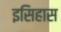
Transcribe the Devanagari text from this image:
इसिहास